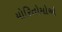
યોરિતોમોએ